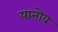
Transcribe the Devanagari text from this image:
यानोव